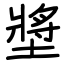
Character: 墏